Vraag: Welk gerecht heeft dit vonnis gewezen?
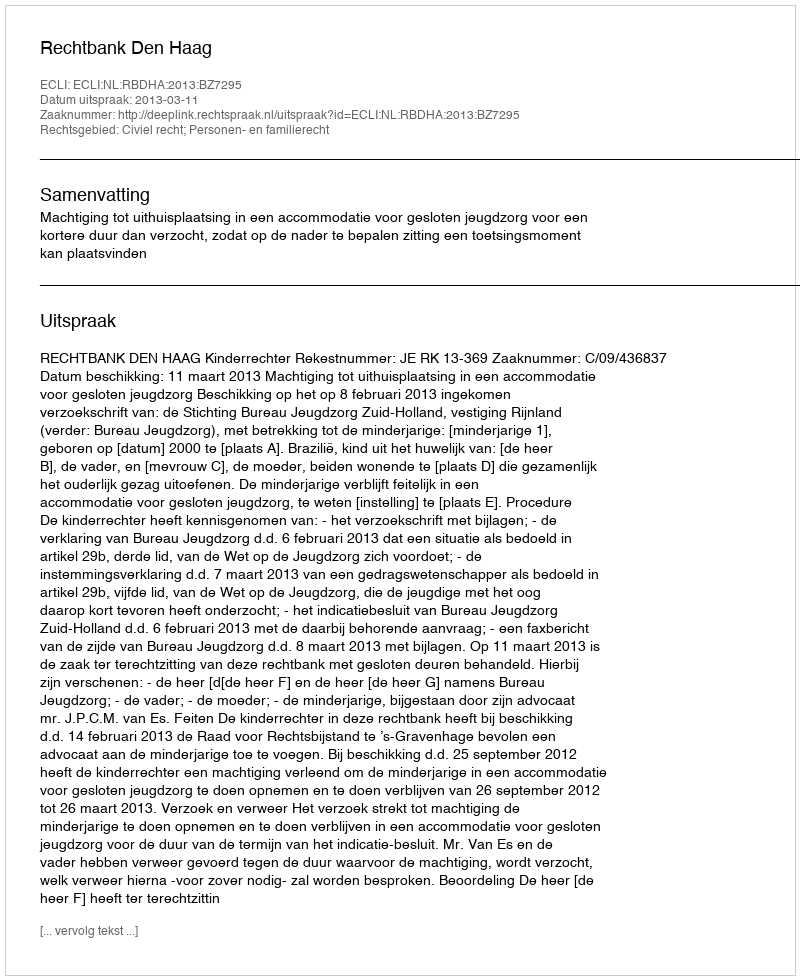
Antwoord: Rechtbank Den Haag